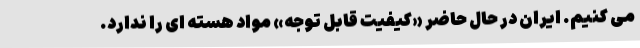
می کنیم. ایران در حال حاضر «کیفیت قابل توجه» مواد هسته ای را ندارد.